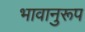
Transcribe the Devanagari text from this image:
भावानुरूप